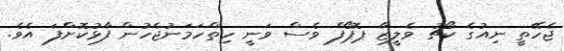
ޖެހޭތީ ނިއުގެ ކޯޗު ވެލީޒާ ޕޮޕޯފް ވެސް ވަނީ ހިތްހަމަނުޖެހުން ފާޅުކޮށްފަ އެވެ.